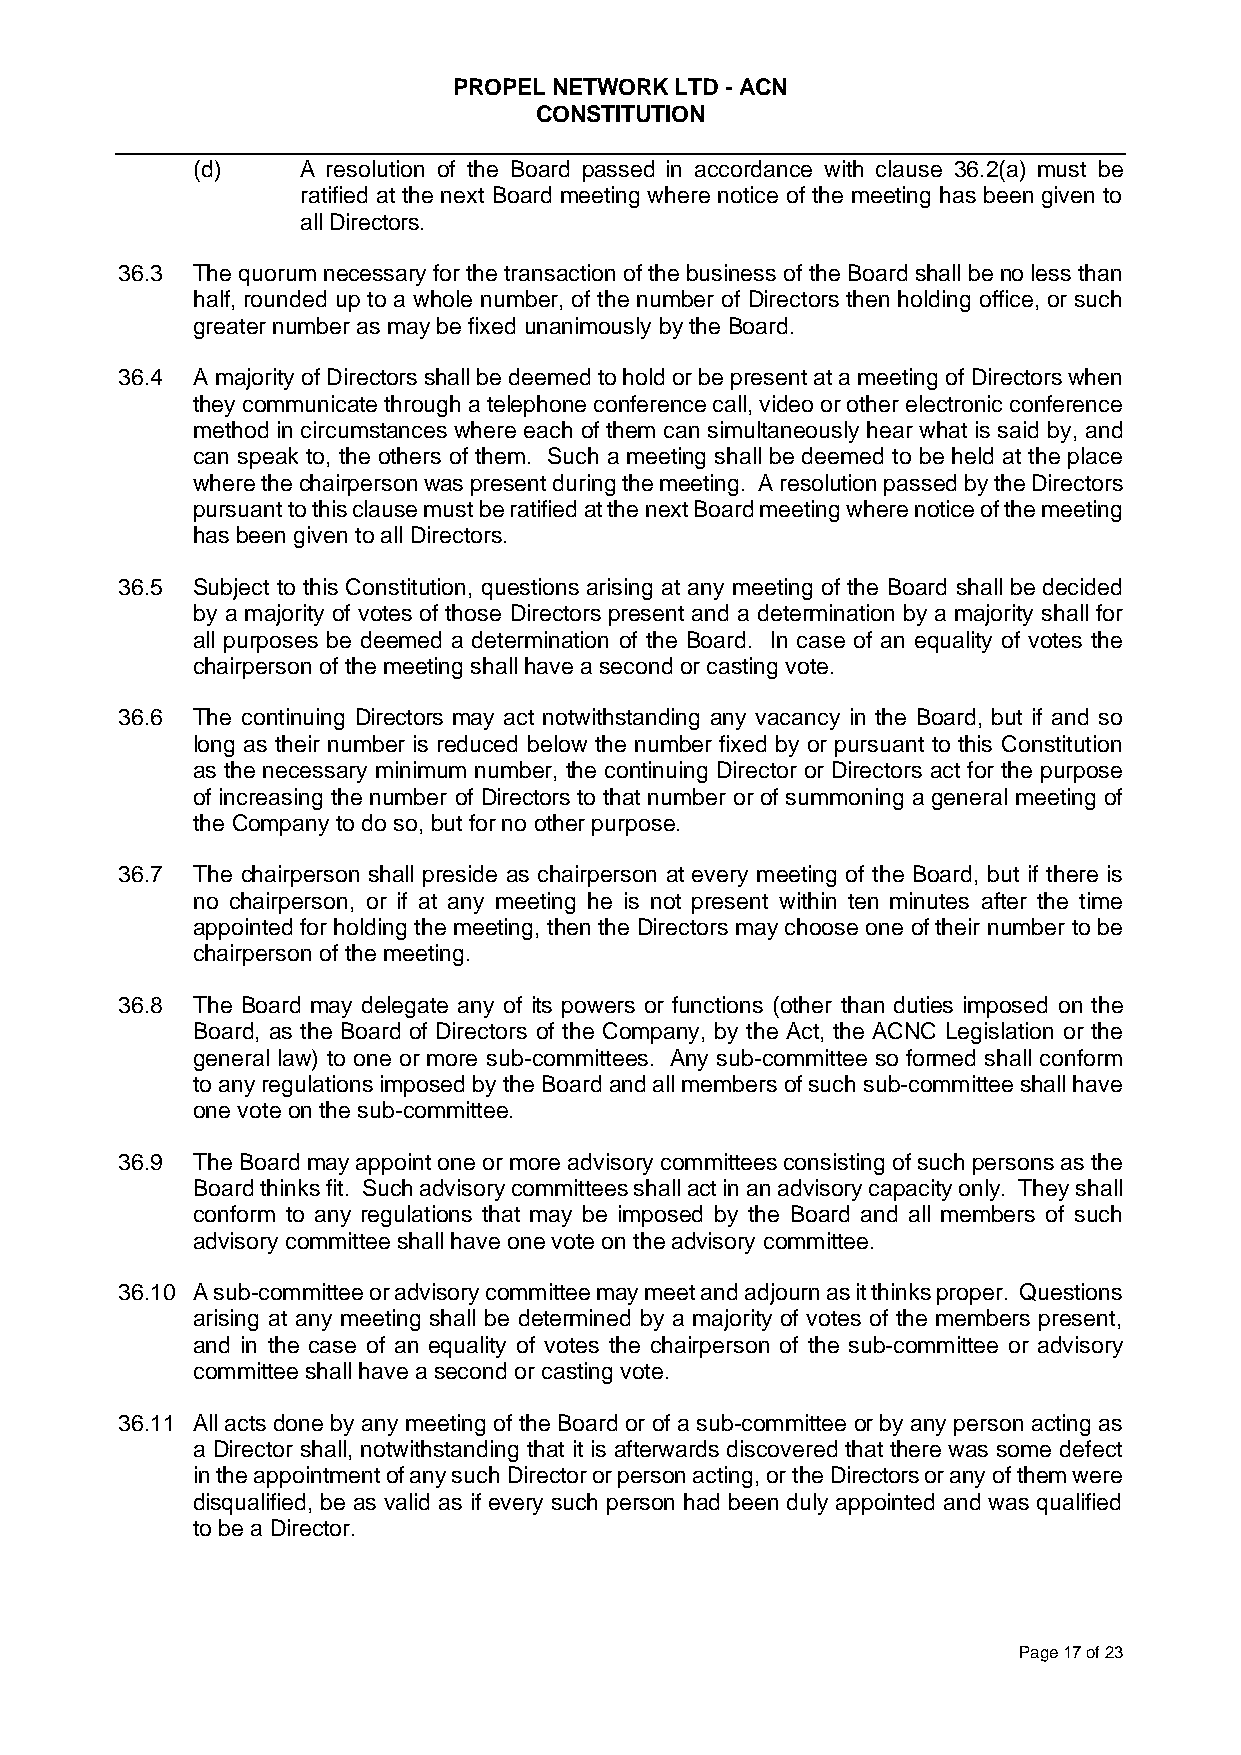
PROPEL NETWORK LTD - ACN
 CONSTITUTION
 (d)    A resolution of the Board passed in accordance with clause 36.2(a) must be
 ratified at the next Board meeting where notice of the meeting has been given to
 all Directors.
 36.3 The quorum necessary for the transaction of the business of the Board shall be no less than
 half, rounded up to a whole number, of the number of Directors then holding office, or such
 greater number as may be fixed unanimously by the Board.
 36.4 A majority of Directors shall be deemed to hold or be present at a meeting of Directors when
 they communicate through a telephone conference call, video or other electronic conference
 method in circumstances where each of them can simultaneously hear what is said by, and
 can speak to, the others of them. Such a meeting shall be deemed to be held at the place
 where the chairperson was present during the meeting. A resolution passed by the Directors
 pursuant to this clause must be ratified at the next Board meeting where notice of the meeting
 has been given to all Directors.
 36.5 Subject to this Constitution, questions arising at any meeting of the Board shall be decided
 by a majority of votes of those Directors present and a determination by a majority shall for
 all purposes be deemed a determination of the Board. In case of an equality of votes the
 chairperson of the meeting shall have a second or casting vote.
 36.6 The continuing Directors may act notwithstanding any vacancy in the Board, but if and so
 long as their number is reduced below the number fixed by or pursuant to this Constitution
 as the necessary minimum number, the continuing Director or Directors act for the purpose
 of increasing the number of Directors to that number or of summoning a general meeting of
 the Company to do so, but for no other purpose.
 36.7 The chairperson shall preside as chairperson at every meeting of the Board, but if there is
 no chairperson, or if at any meeting he is not present within ten minutes after the time
 appointed for holding the meeting, then the Directors may choose one of their number to be
 chairperson of the meeting.
 36.8 The Board may delegate any of its powers or functions (other than duties imposed on the
 Board, as the Board of Directors of the Company, by the Act, the ACNC Legislation or the
 general law) to one or more sub-committees. Any sub-committee so formed shall conform
 to any regulations imposed by the Board and all members of such sub-committee shall have
 one vote on the sub-committee.
 36.9 The Board may appoint one or more advisory committees consisting of such persons as the
 Board thinks fit. Such advisory committees shall act in an advisory capacity only. They shall
 conform to any regulations that may be imposed by the Board and all members of such
 advisory committee shall have one vote on the advisory committee.
 36.10 A sub-committee or advisory committee may meet and adjourn as it thinks proper. Questions
 arising at any meeting shall be determined by a majority of votes of the members present,
 and in the case of an equality of votes the chairperson of the sub-committee or advisory
 committee shall have a second or casting vote.
 36.11 All acts done by any meeting of the Board or of a sub-committee or by any person acting as
 a Director shall, notwithstanding that it is afterwards discovered that there was some defect
 in the appointment of any such Director or person acting, or the Directors or any of them were
 disqualified, be as valid as if every such person had been duly appointed and was qualified
 to be a Director.
 Page 17 of 23